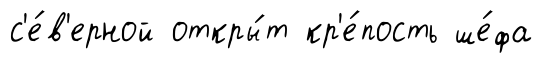
с'е́в'ерной откры́т кр'е́пость ше́фа